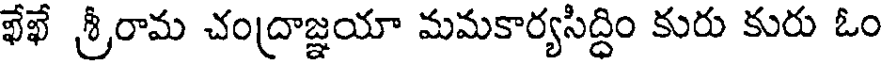
ఖేఖే శ్రీరామ చంద్రాజ్ఞయా మమకార్యసిద్ధిం కురు కురు ఓం